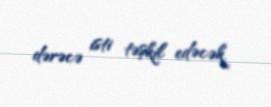
dərəcə isti təşkil edəcək.